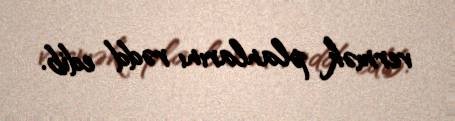
vermək planlarını rədd edib.